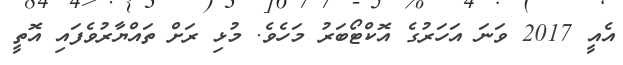
އެއީ 2017 ވަނަ އަހަރުގެ އޮކްޓޯބަރު މަހެވެ. މުޅި ރަށް ތައްޔާރުވެފައި އޮތީ